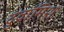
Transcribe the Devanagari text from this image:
दुवामिश